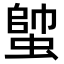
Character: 𧍓